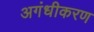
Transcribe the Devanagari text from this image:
अगंधीकरण